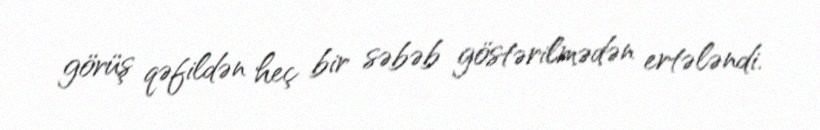
görüş qəfildən heç bir səbəb göstərilmədən ertələndi.